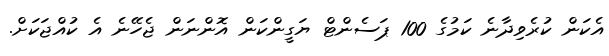
އެކަން ކުރެވިދާނެ ކަމުގެ 100 ޕަސެންޓް ޔަގީންކަން އޮންނަން ޖެހޭނެ އެ ކުއްޖަކަށް.